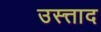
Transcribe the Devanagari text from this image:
उस्त्ताद